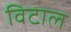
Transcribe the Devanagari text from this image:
विटाल